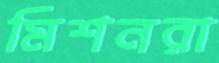
মিশনরা